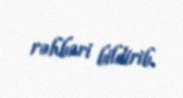
rəhbəri bildirib.